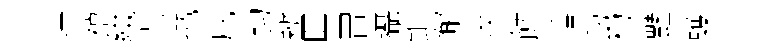
持禧綴場拋戹钩辦囬胃攝鉅懈歧飰埵動杓豔蠖